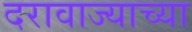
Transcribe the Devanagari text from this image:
दरावाज्याच्या